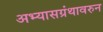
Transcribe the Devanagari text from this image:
अभ्यासग्रंथावरुन